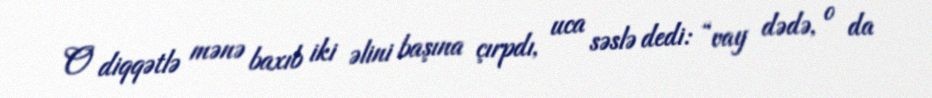
O diqqətlə mənə baxıb iki əlini başına çırpdı, uca səslə dedi: “vay dədə, o da